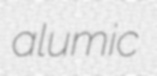
alumic